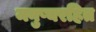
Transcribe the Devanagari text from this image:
मनुष्यरहित